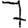
Digit: 7